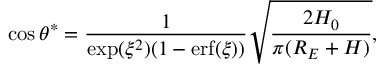
\cos \theta ^ { * } = \frac { 1 } { \exp ( \xi ^ { 2 } ) ( 1 - \mathrm { e r f } ( \xi ) ) } \sqrt { \frac { 2 H _ { 0 } } { \pi ( R _ { E } + H ) } } ,